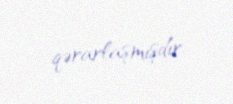
qərarlaşmışdır.